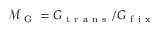
\mathcal { M } _ { \mathrm { ~ G ~ } } = G _ { \mathrm { ~ t ~ r ~ a ~ n ~ s ~ } } / G _ { \mathrm { ~ f ~ i ~ x ~ } }